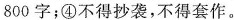
800字；④不得抄袭，不得套作。